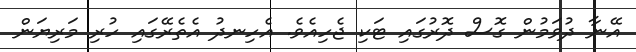
އޭނާ ދުވަމުން ގޮސް ދޮރުގައި ޓަކި ޖެހިއެވެ. އެހިނދު އެތެރޭގައި ހުރި މަރިޔަން